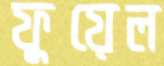
ফুয়েল